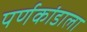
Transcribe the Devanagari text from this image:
पर्णकांडाला